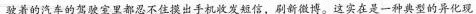
驶着的汽车的驾驶室里都忍不住摸出手机收发短信，刷新微博。这实在是一种典型的异化现